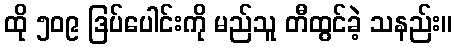
ထို ၅၀၉ ဒြပ်ပေါင်းကို မည်သူ တီထွင်ခဲ့ သနည်း။